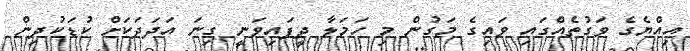
އިއްޔެގެ ވަގުތެއްގައި ވައިގެ މަގުން މި ހަމަލާ ދީފައިވަނީ ގިނަ އަދަދަކަށް ކުޑަކުދިން